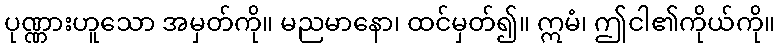
ပုဏ္ဏားဟူသော အမှတ်ကို။ မညမာနော၊ ထင်မှတ်၍။ ဣမံ၊ ဤငါ၏ကိုယ်ကို။